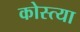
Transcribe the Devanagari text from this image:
कोस्त्या